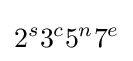
2^{s}3^{c}5^{n}7^{e}